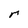
Character: r